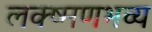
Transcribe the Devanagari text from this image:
लक्ष्मणभव्य